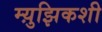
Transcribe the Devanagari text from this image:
म्य़ुझिकशी